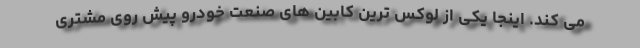
می کند. اینجا یکی از لوکس ترین کابین های صنعت خودرو پیش روی مشتری